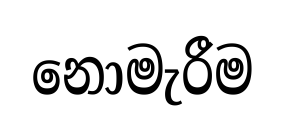
නොමැරීම